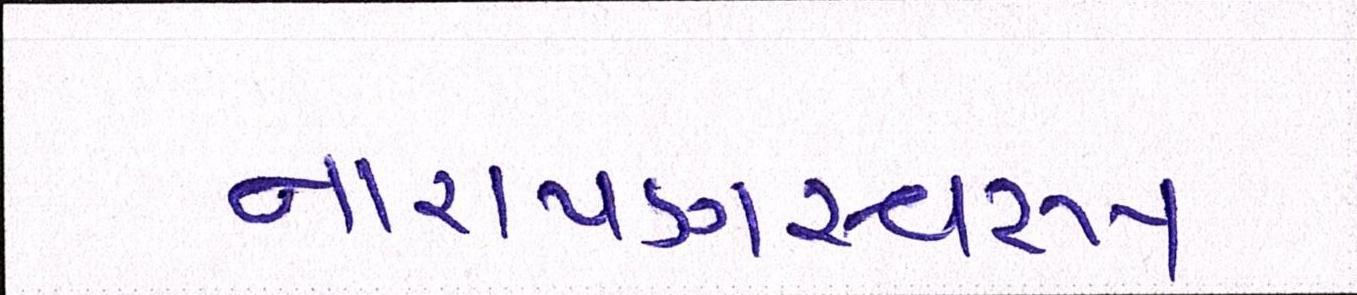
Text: નારાયણસ્વરૂપ